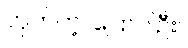
ဟုတ်ကဲ့၊ ပြောပါဦး။